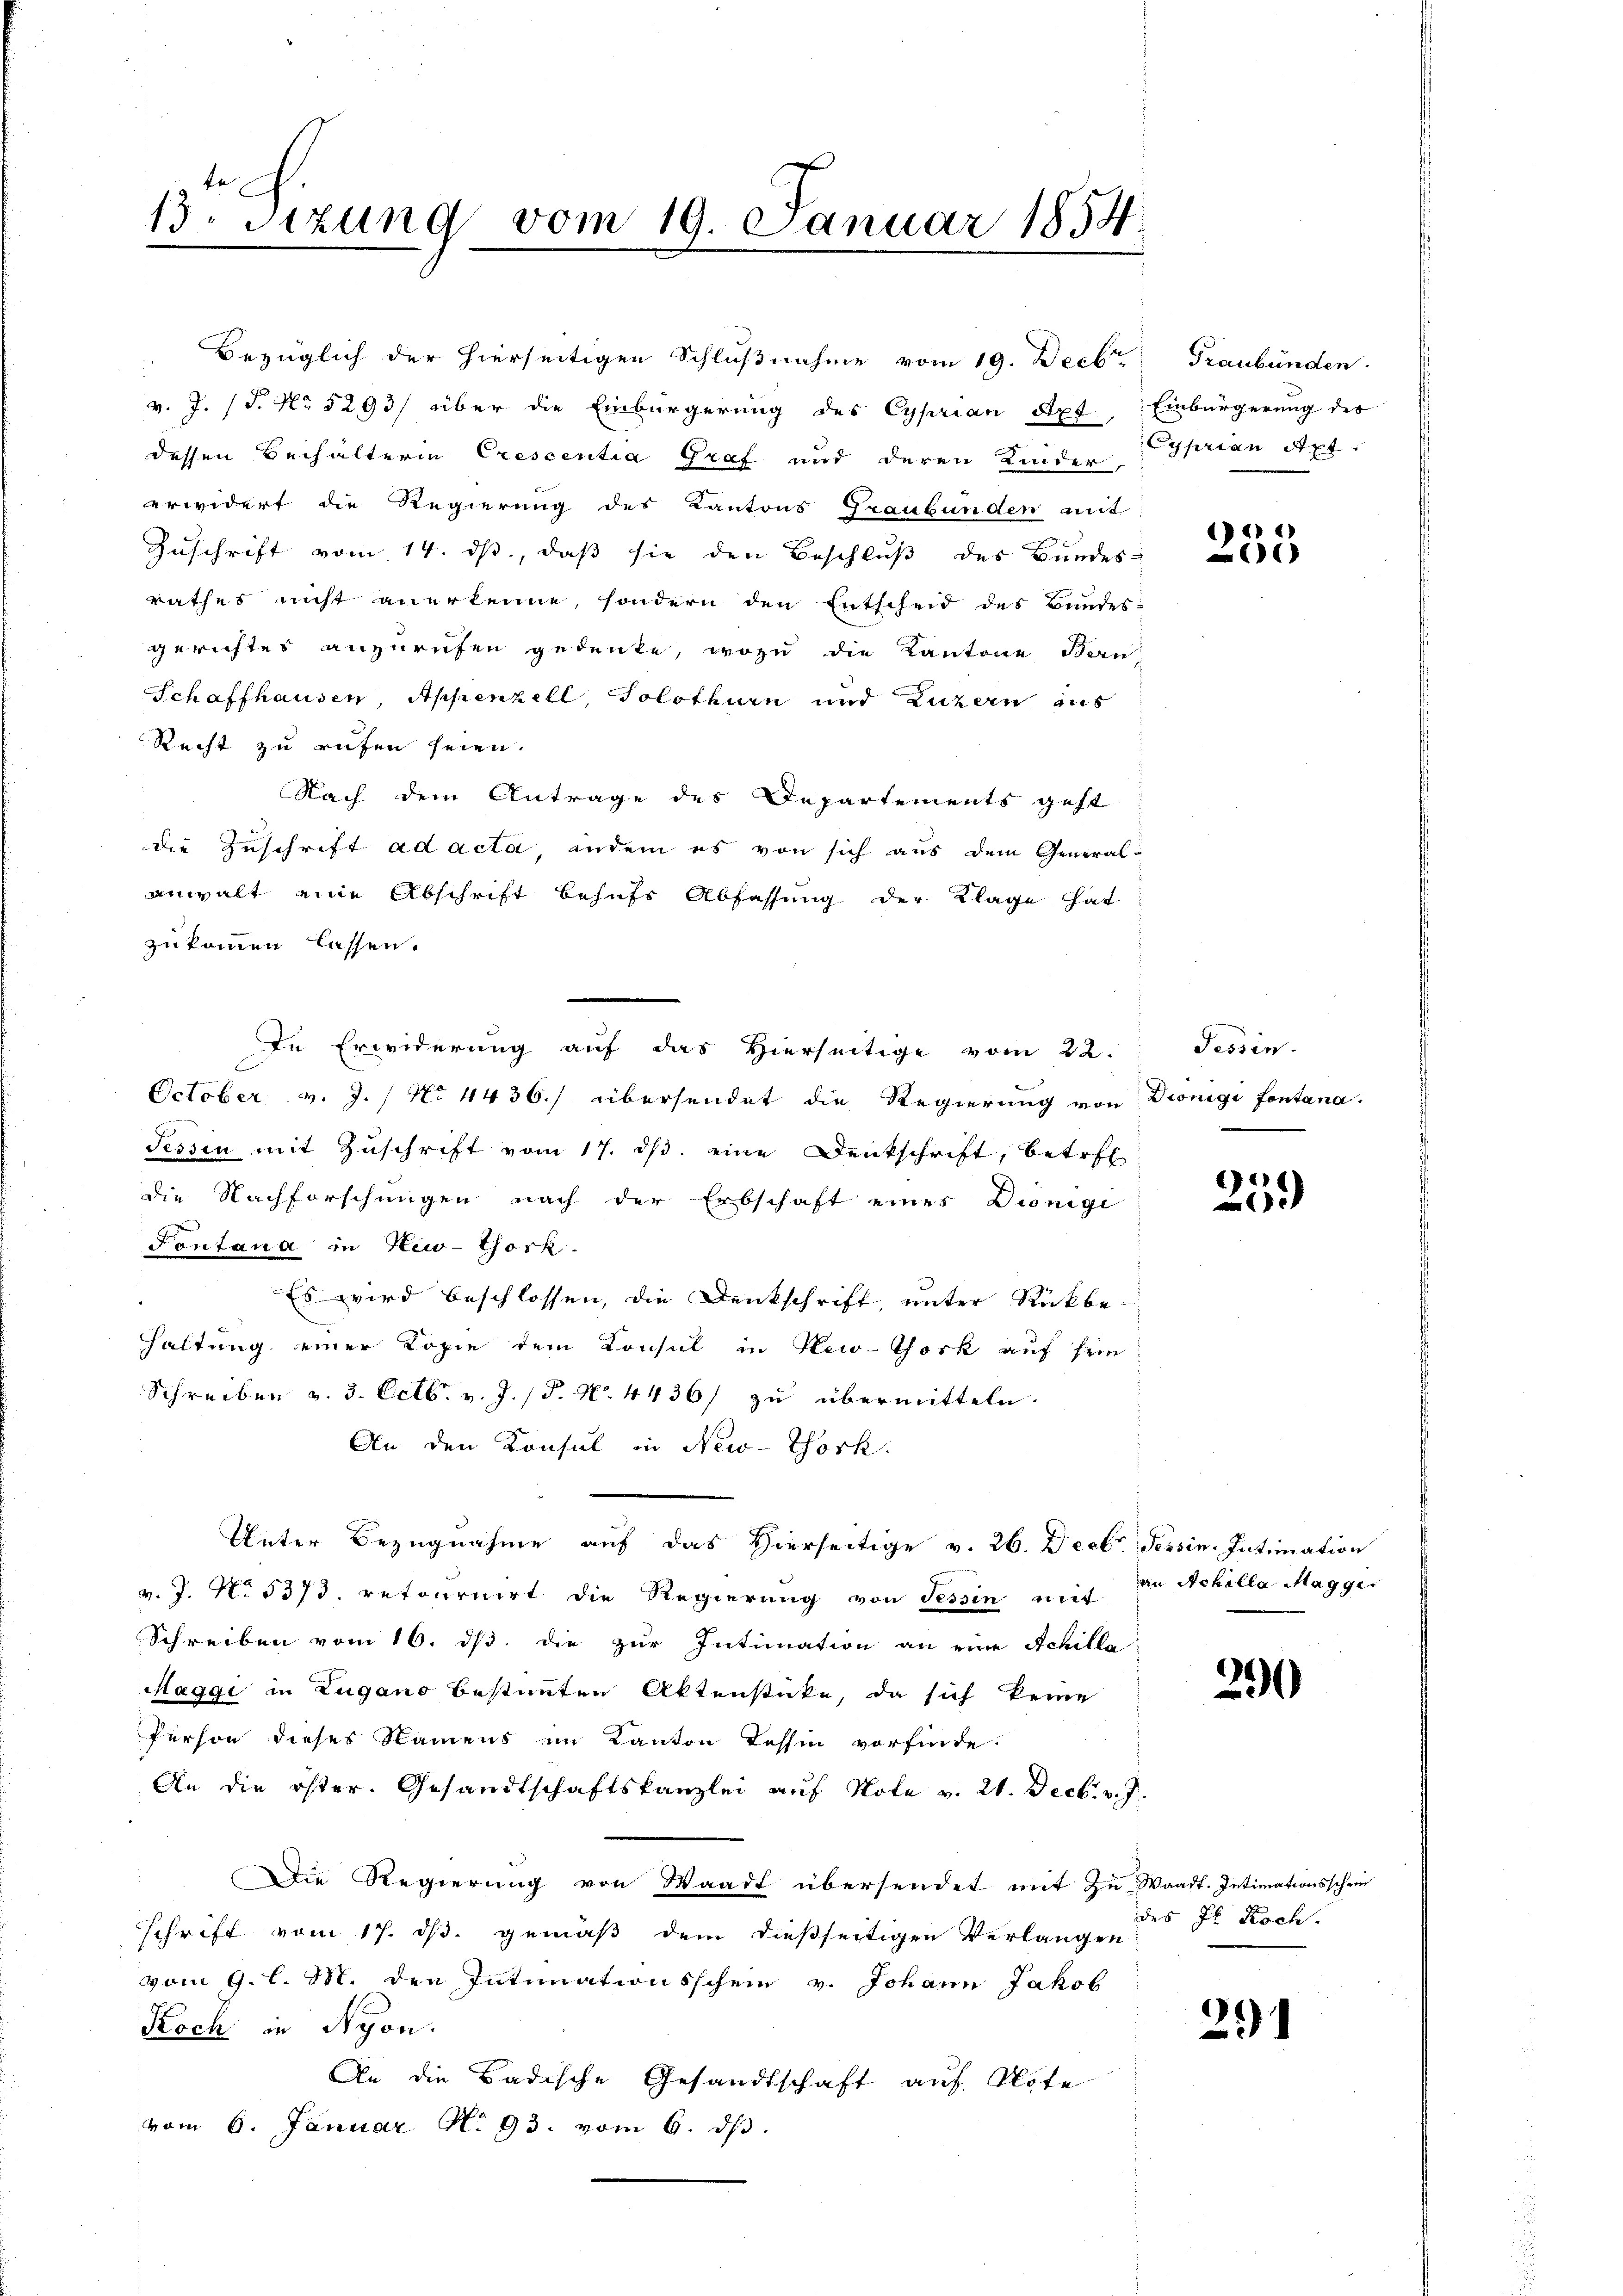
13. Sitzung vom 19. Januar 1854.

v. J. (T. No. 5293/ über die Einbürgerung des Cyprian Axt, Einbürgerung der
dessen Behälterin Crescentia Graf und deren Kinder
erwidert die Regierung des Kantons Graubünden mit
Zuschrift vom 14. ds, daß sie den Beschluß des Bundes-
rathes nicht anerkenne, sondern den Entscheid des Bundes-
gerichtes anzurufen gedenke, wozu die Kantone Ben
Schaffhausen, Appenzell, Solothurn und Luzern aus
Recht zu rufen seien.
Nach dem Antrage des Departements geht
die Zuschrift ad acta, andem es von sich aus dem General-
anwalt eine Abschrift behufs Abfassung der Klage hat
zukommen lassen.
In Erwiderung auf das Hierseitige vom 22.
October v. J. / No 4436.) übersendet die Regierung von Dionigi fontana-
Tessin mit Zŭschrift vom 17. ds. eine Denkschrift, betret
die Nachforschungen nach der Erbschaft eines Diönigi
Fontana in New-York
Es wird beschlossen, die Denkschrift, unter Rückbe-
Haltung einer Kopie dem Konsul in New-York auf sein
Schreiben v. 3. Octb. v. J. P. N. 4436/ zu übermitteln.
An den Konsul in New-York.
Unter Bezugnahme auf das Hierseitige v. 26. Decbr. Tessin. Intimation
v. J. No. 5373. retournirt die Regierung von Tessin mit in Achilla Maggi
Schreiben vom 16. ds die zur Intimation an eine Schille
Maggi in Zugano bestimmten Aktenstücke, da sich keine
Person dieses Namens im Kanton Tessin vorfinde.
An die öster. Gesandtschaftskanzlei auf Note v. 21. Decbr. v. J.
Die Regierung von Waadt übersendet mit Zu- Waadt. Intimationsschein
schrift vom 17. ds. gemäß dem dießseitigen Verlangen
vom 9. l. M. den Intimationsschein v. Johann Jakob
Koch in Nyon.
An die Badische Gesandtschaft auf Note
vom 6. Januar No 93. vom 6. dβ.

Bezüglich der hierseitigen Schlußnahme vom 19. Decbr. Graubünden.

Cyprian Sept.

235

Tessin.

259)

290

des Hl. Koch.

291